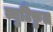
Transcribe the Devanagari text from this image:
ब्युटिफ़ुल